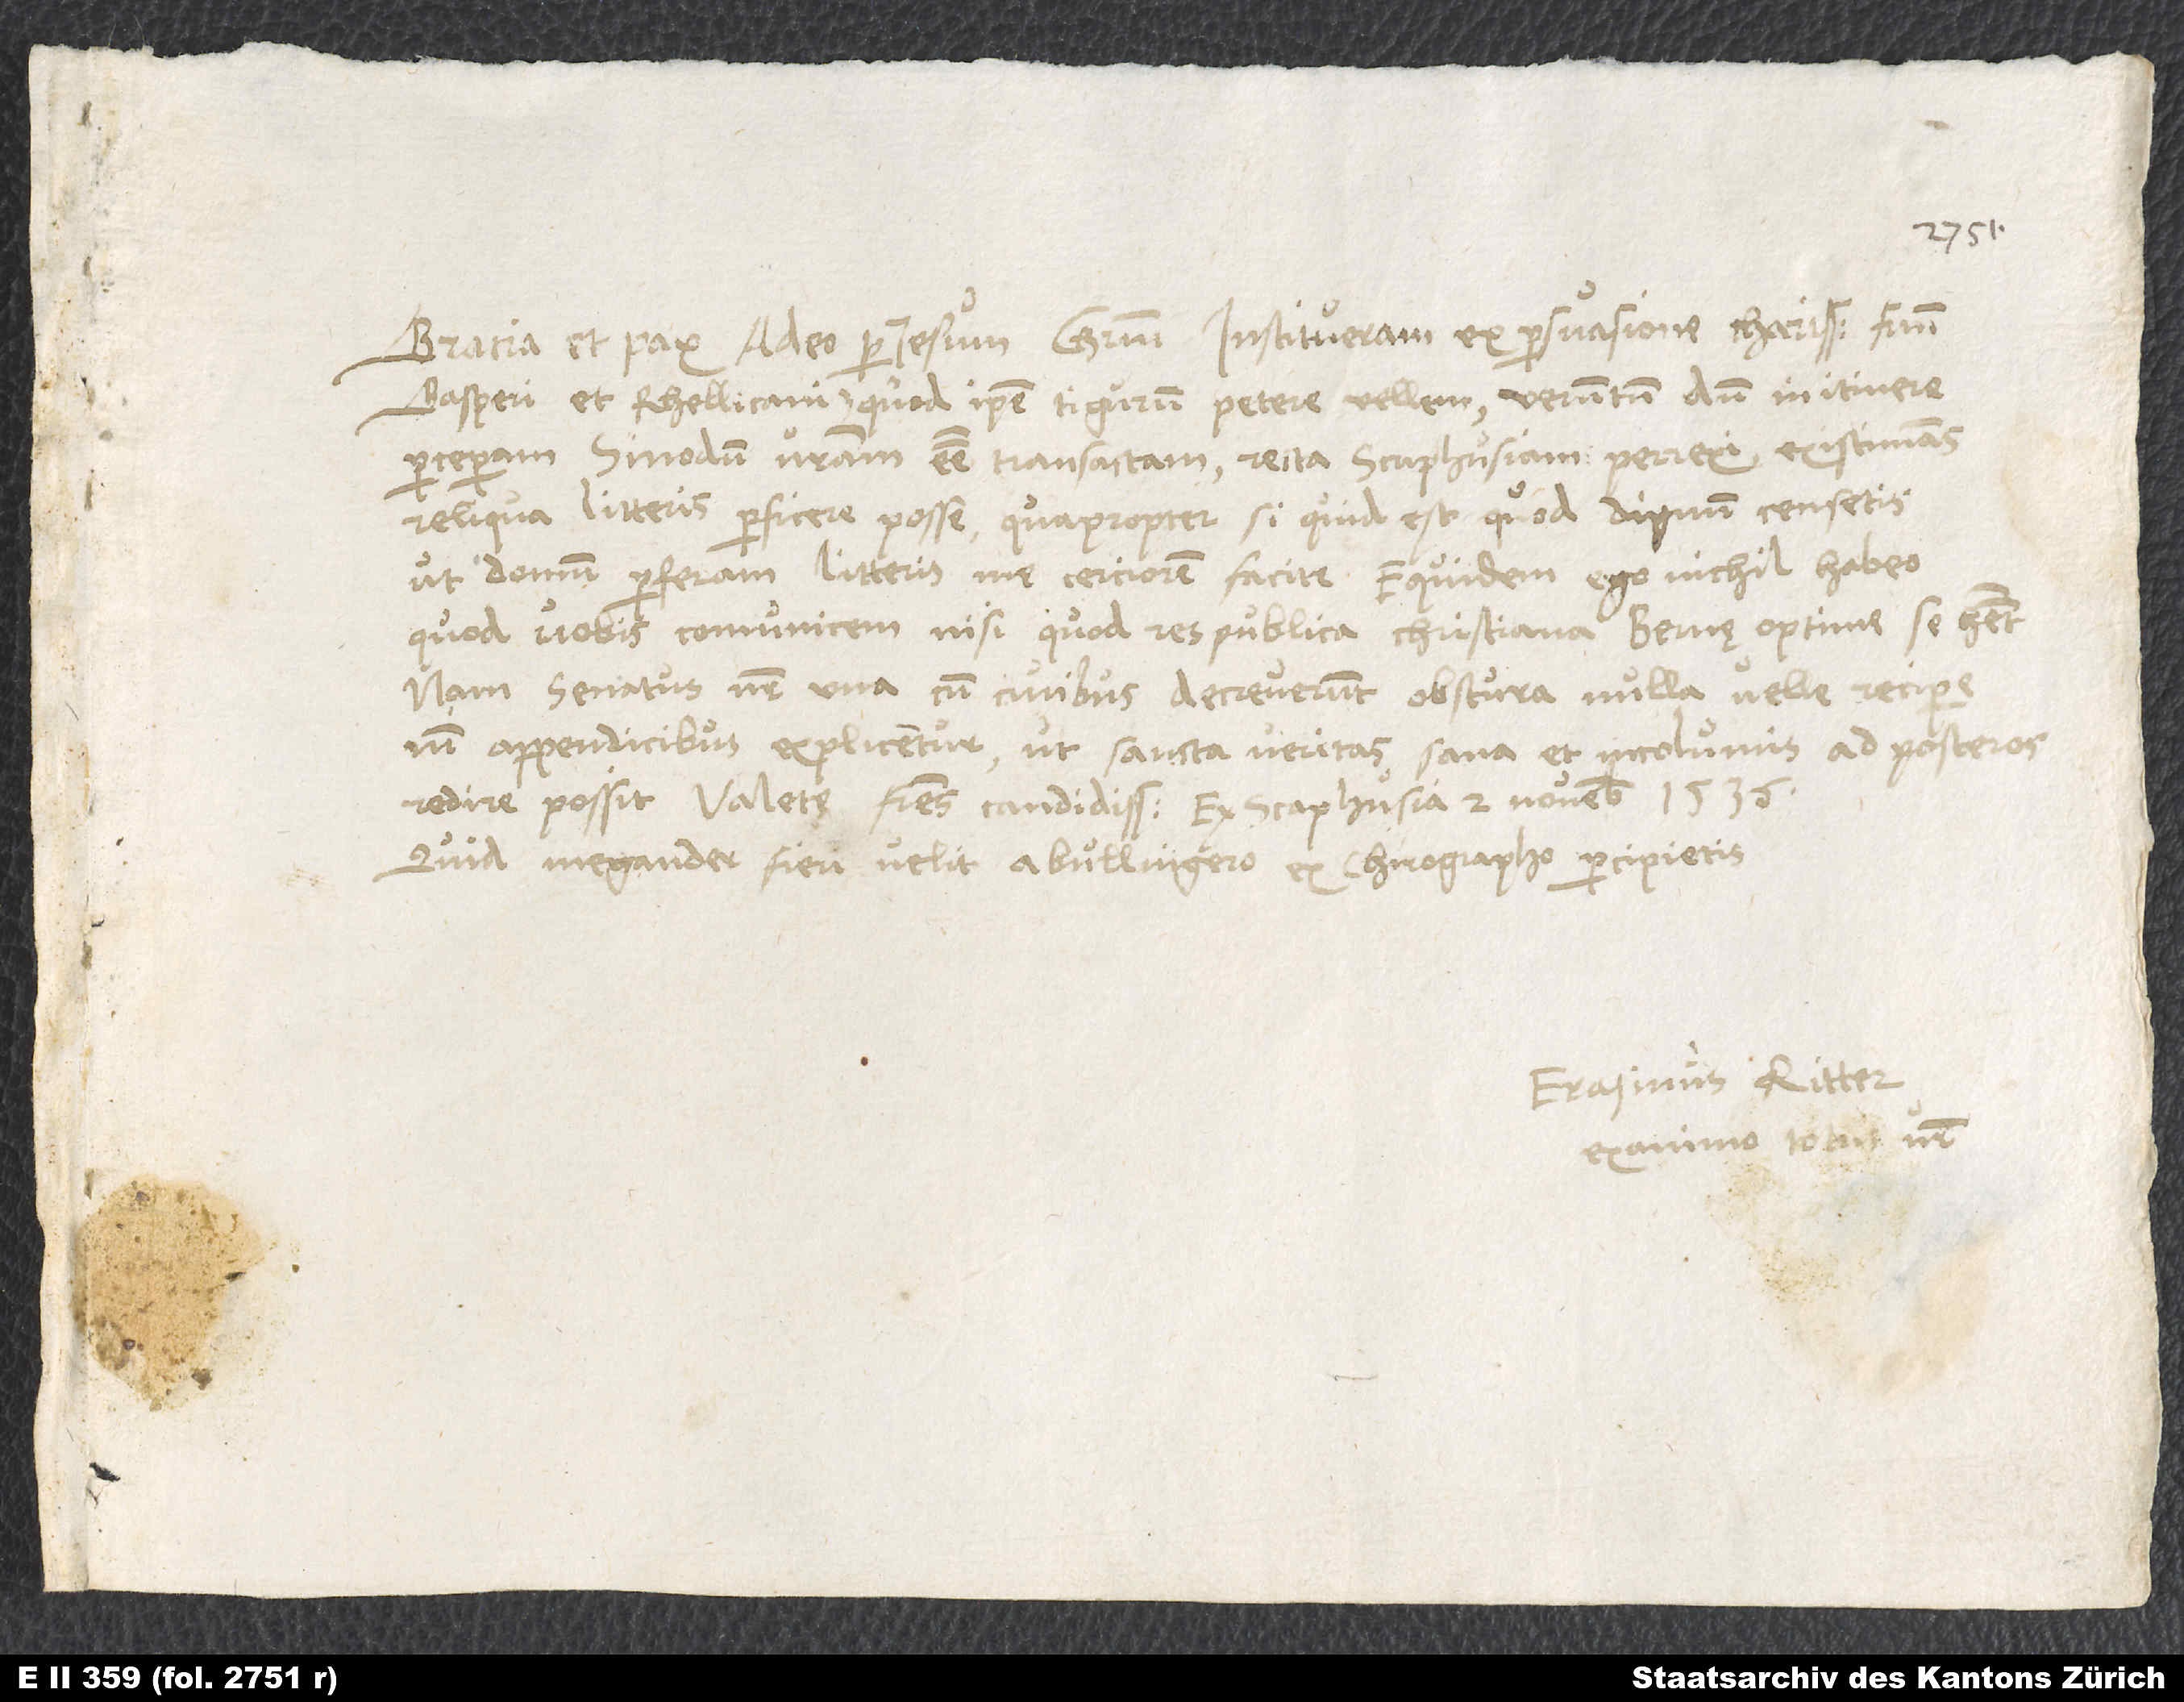
Gratia et pax a deo per Iesum Christum. Institueram ex persuasione charissimorum
Gasperi et Rhellicani, quod ipse Tigurum petere vellem. Verumtamen, dum in itinere
perceperam sinodum vestram esse transactam, recta Scaphusiam perrexi existimans
reliqua litteris perficere posse. Quapropter, si quid est, quod dignum censetis,
ut domum perferam, litteris me cerciorem facite. Equidem ego nichil habeo,
quod vobis comunicem, nisi quod respublica christiana Bernę optime se habet.
Nam senatus noster una cum civibus decreverunt obscura nulla velle recipere,
nisi appendicibus explicentur, ut sancta veritas sana et incolumis ad posteros
redire possit. Valete, fratres candidissimi. Ex Scaphusia, 2. novembris 1536.
Quid Megander fieri velit a Bullingero, ex chirographo percipietis.
Erasmus Ritter,
ex animo totus vester.